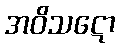
အဝိသဋော